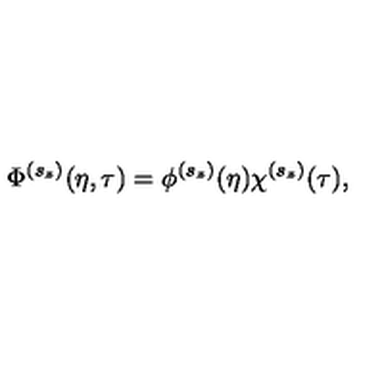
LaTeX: \Phi ^ { ( s _ { z } ) } ( \eta , \tau ) = \phi ^ { ( s _ { z } ) } ( \eta ) \chi ^ { ( s _ { z } ) } ( \tau ) ,